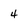
Character: 4